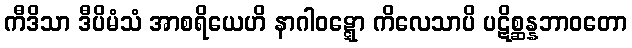
ကီဒိသာ ဒီပိမံသံ အာစရိယေဟိ နာဂါဝဋ္ဋော ကိလေသာပိ ပဋိစ္ဆန္နဘာဝတော